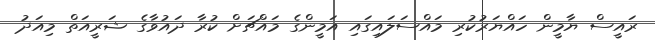
ރައީސް ޔާމީން ހައްޔަރުކުރި މައްސަލައިގައި އަމީންގެ މައްޗަށް ކުރާ ދައުވާގެ ޝަރީއަތް މިއަދު